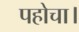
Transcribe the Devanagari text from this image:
पहोचा।